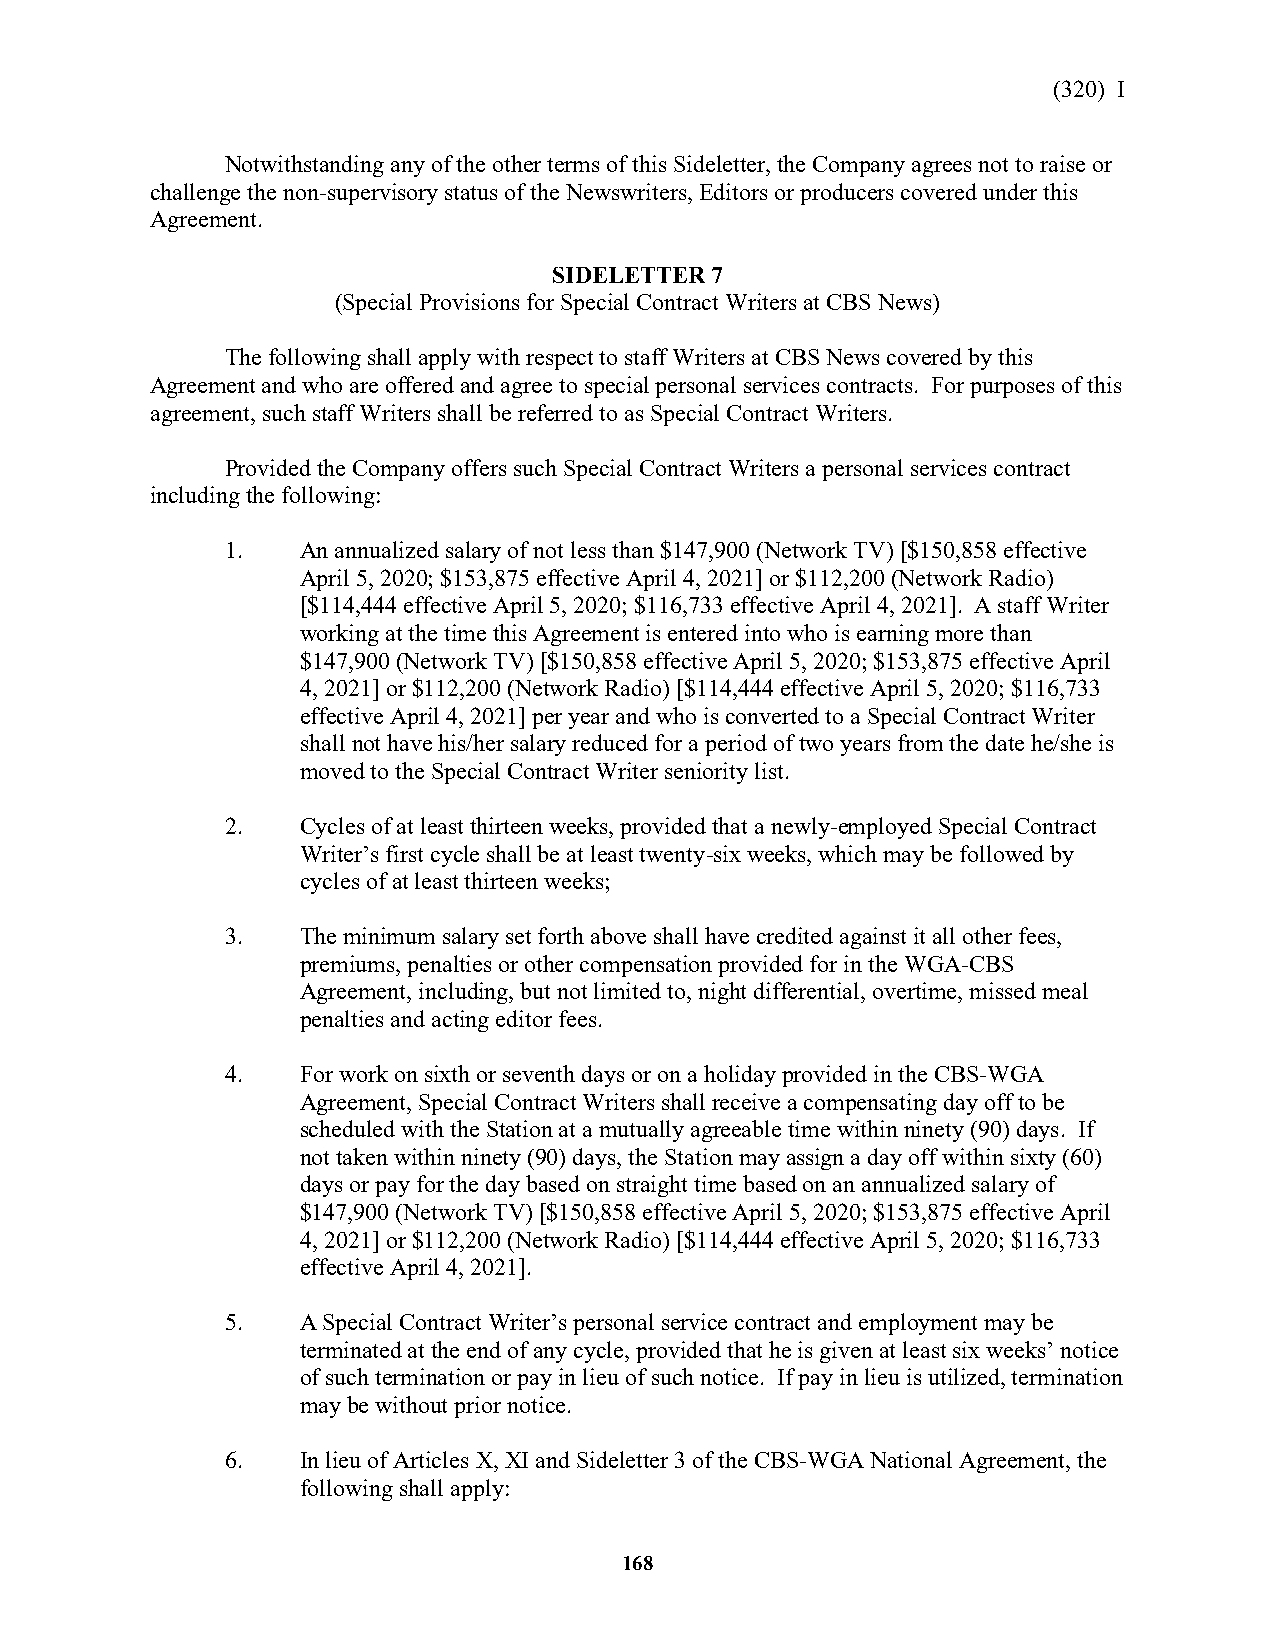
(320) I
 Notwithstanding any of the other terms of this Sideletter, the Company agrees not to raise or
 challenge the non-supervisory status of the Newswriters, Editors or producers covered under this
 Agreement.
 SIDELETTER 7
 (Special Provisions for Special Contract Writers at CBS News)
 The following shall apply with respect to staff Writers at CBS News covered by this
 Agreement and who are offered and agree to special personal services contracts. For purposes of this
 agreement, such staff Writers shall be referred to as Special Contract Writers.
 Provided the Company offers such Special Contract Writers a personal services contract
 including the following:
 1.   An annualized salary of not less than $147,900 (Network TV) [$150,858 effective
 April 5, 2020; $153,875 effective April 4, 2021] or $112,200 (Network Radio)
 [$114,444 effective April 5, 2020; $116,733 effective April 4, 2021]. A staff Writer
 working at the time this Agreement is entered into who is earning more than
 $147,900 (Network TV) [$150,858 effective April 5, 2020; $153,875 effective April
 4, 2021] or $112,200 (Network Radio) [$114,444 effective April 5, 2020; $116,733
 effective April 4, 2021] per year and who is converted to a Special Contract Writer
 shall not have his/her salary reduced for a period of two years from the date he/she is
 moved to the Special Contract Writer seniority list.
 2.   Cycles of at least thirteen weeks, provided that a newly-employed Special Contract
 Writer’s first cycle shall be at least twenty-six weeks, which may be followed by
 cycles of at least thirteen weeks;
 3.   The minimum salary set forth above shall have credited against it all other fees,
 premiums, penalties or other compensation provided for in the WGA-CBS
 Agreement, including, but not limited to, night differential, overtime, missed meal
 penalties and acting editor fees.
 4.   For work on sixth or seventh days or on a holiday provided in the CBS-WGA
 Agreement, Special Contract Writers shall receive a compensating day off to be
 scheduled with the Station at a mutually agreeable time within ninety (90) days. If
 not taken within ninety (90) days, the Station may assign a day off within sixty (60)
 days or pay for the day based on straight time based on an annualized salary of
 $147,900 (Network TV) [$150,858 effective April 5, 2020; $153,875 effective April
 4, 2021] or $112,200 (Network Radio) [$114,444 effective April 5, 2020; $116,733
 effective April 4, 2021].
 5.   A Special Contract Writer’s personal service contract and employment may be
 terminated at the end of any cycle, provided that he is given at least six weeks’ notice
 of such termination or pay in lieu of such notice. If pay in lieu is utilized, termination
 may be without prior notice.
 6.   In lieu of Articles X, XI and Sideletter 3 of the CBS-WGA National Agreement, the
 following shall apply:
 168